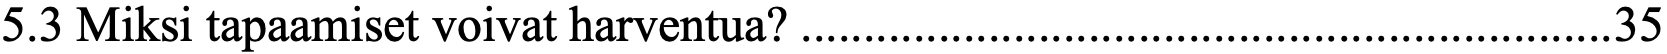
5.3 Miksi tapaamiset voivat harventua? ................................................................. 35